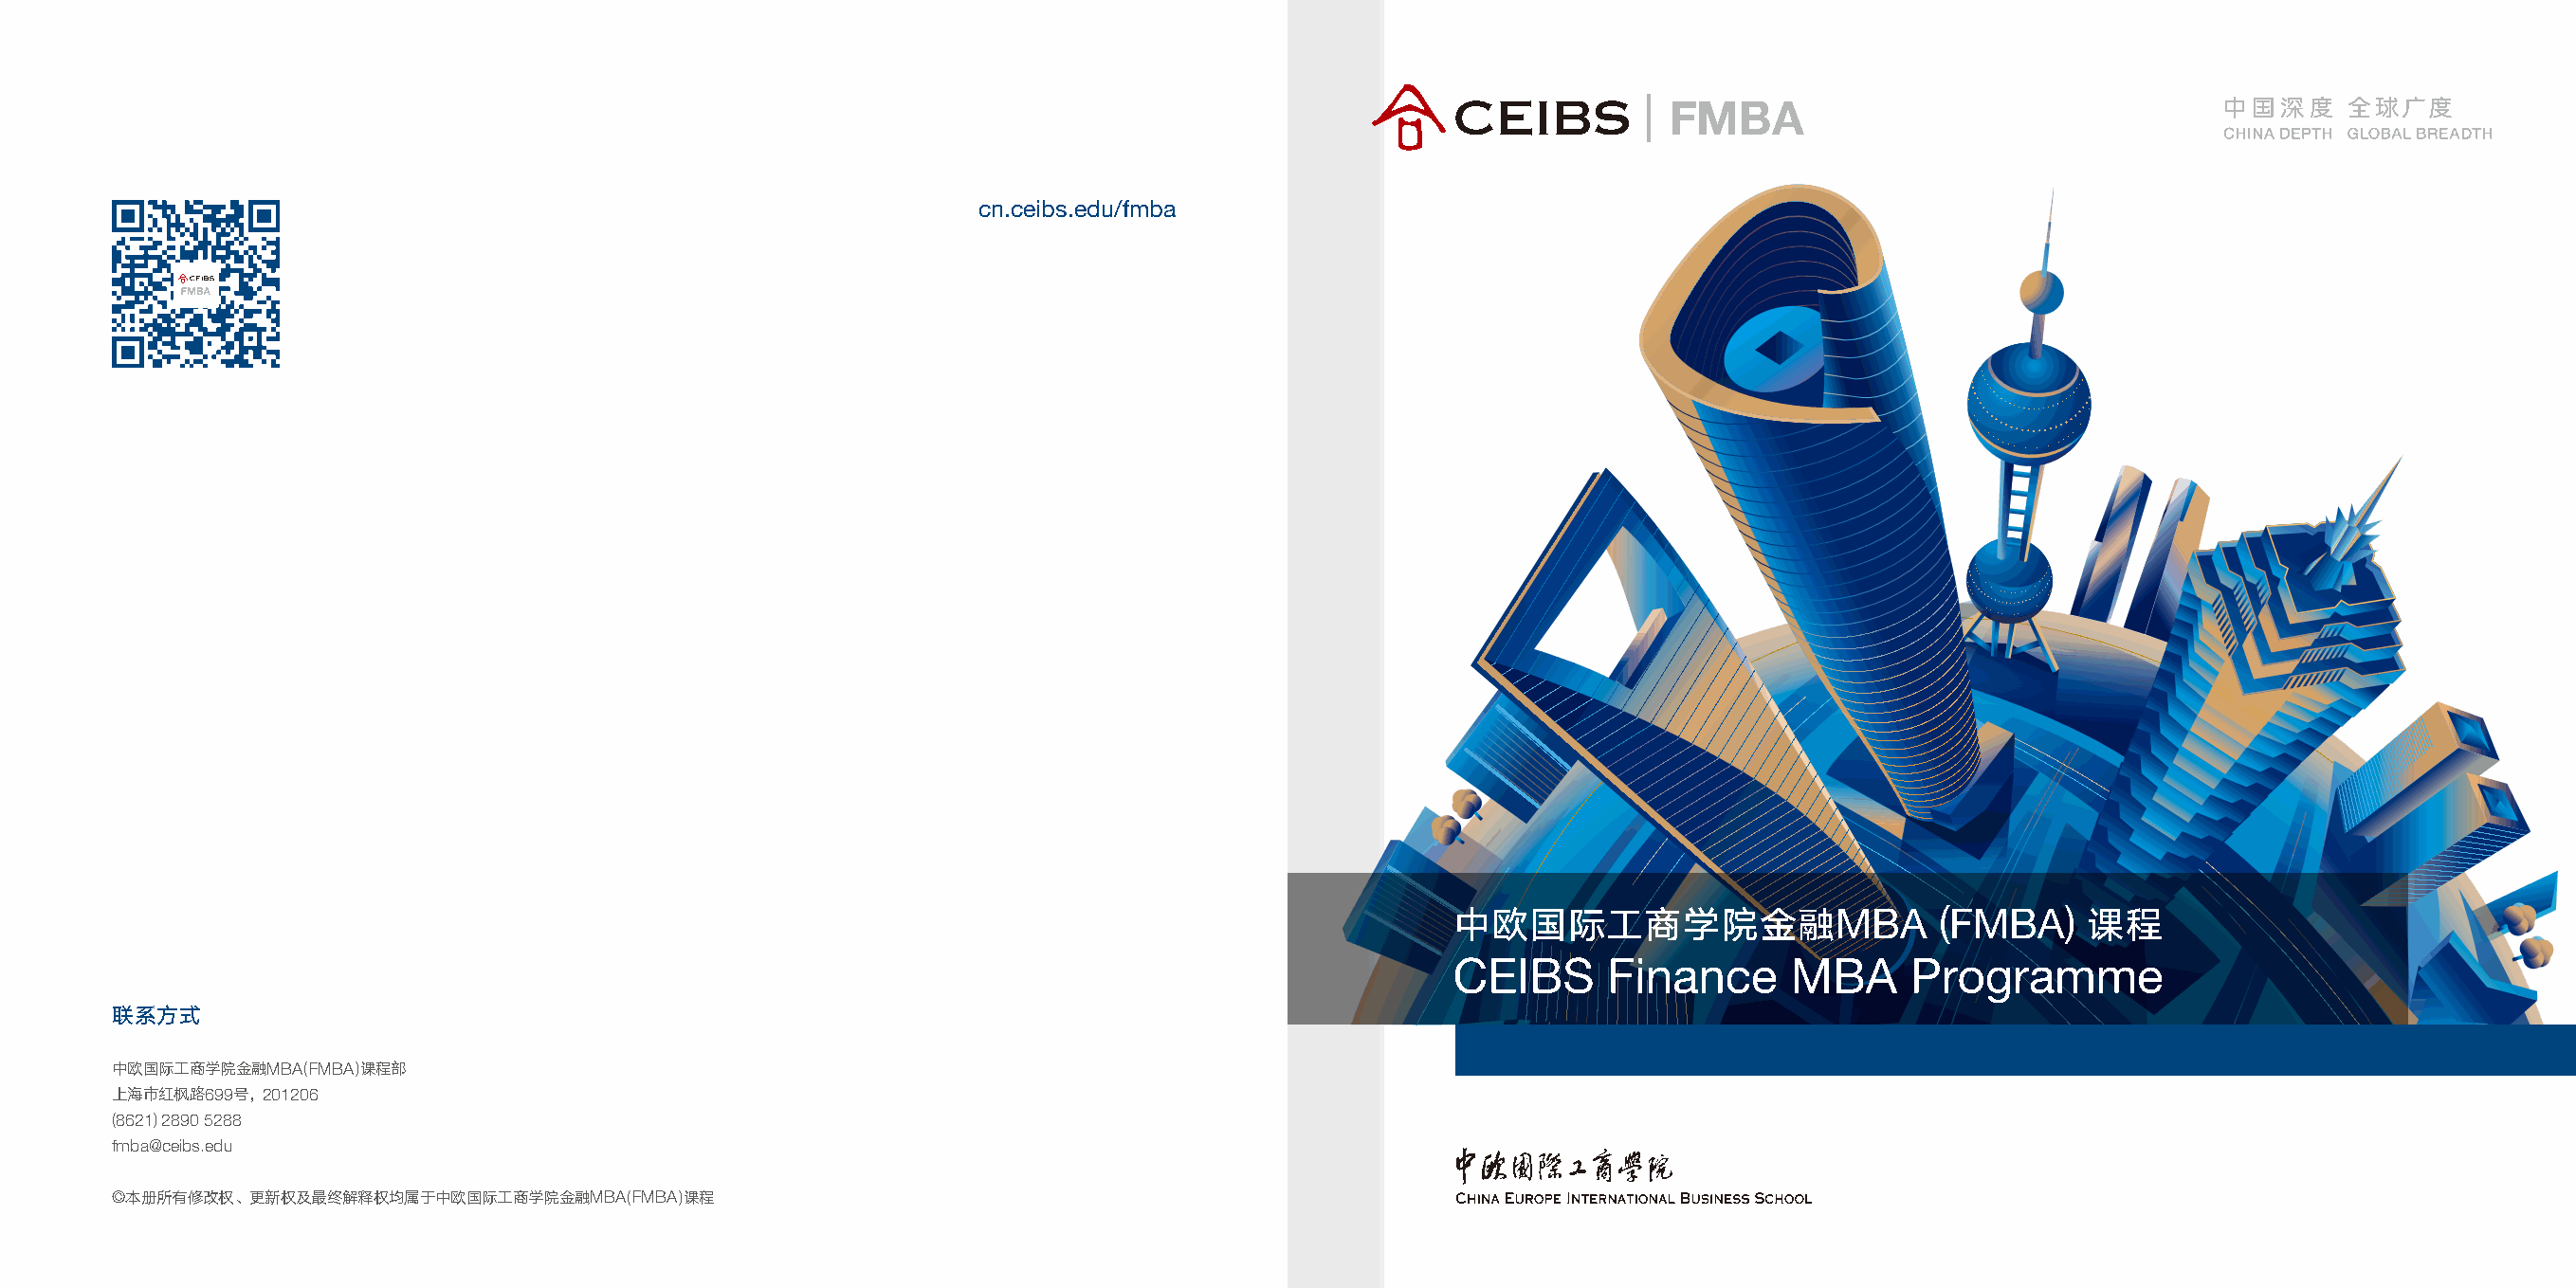
FMBA
 cn.ceibs.edu/fmba
 中欧国际工商学院金融MBA                     (FMBA)     课程
 CEIBS      Finance      MBA     Programme
 联系方式
 中欧国际工商学院金融MBA(FMBA)课程部
 上海市红枫路699号，201206
 (8621) 2890 5288
 fmba@ceibs.edu
 ©本册所有修改权、更新权及最终解释权均属于中欧国际工商学院金融MBA(FMBA)课程